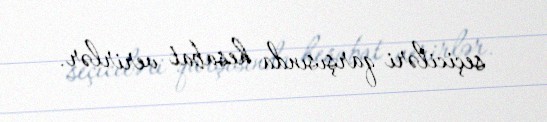
seçiciləri qarşısında hesabat verirlər.